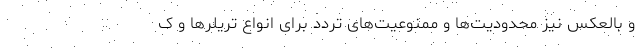
و بالعکس نیز محدودیت‌ها و ممنوعیت‌های تردد برای انواع تریلرها و ک